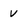
Character: v